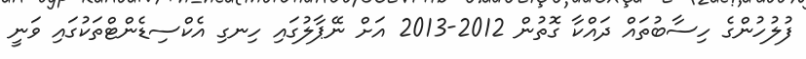
ފުލުހުންގެ ހިސާބުތައް ދައްކާ ގޮތުން 2012-2013 އަށް ނޭޕާލުގައި ހިނގި އެކްސިޑެންޓްތަކުގައި ވަނީ